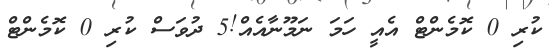
ކުރި 0 ކޮމެންޓް އެއީ ހަމަ ނަމޫނާއެއް!5 ދުވަސް ކުރި 0 ކޮމެންޓް